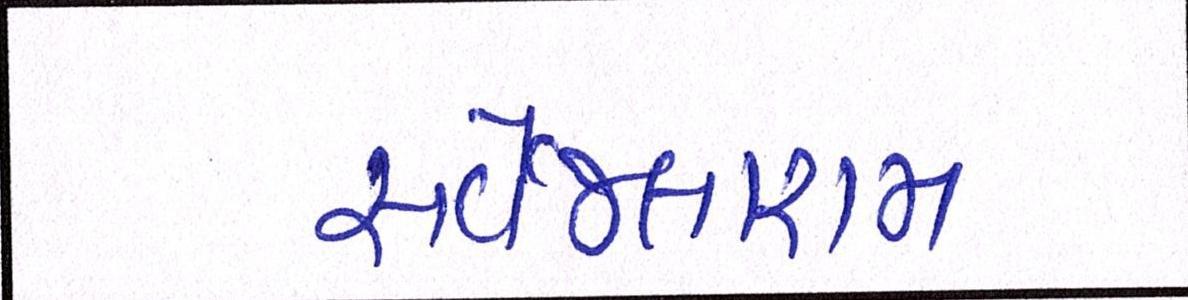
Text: સર્વેજલારામ